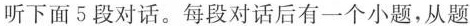
听下面5段对话.每段对话后有一个小题,从题